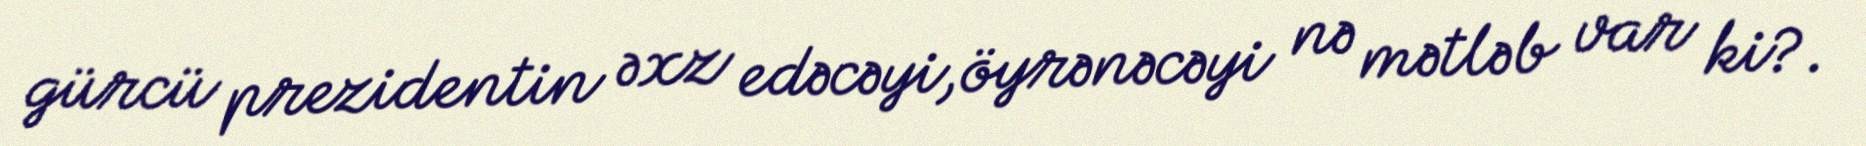
gürcü prezidentin əxz edəcəyi,öyrənəcəyi nə mətləb var ki?.